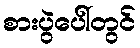
စားပွဲပေါ်တွင်